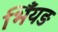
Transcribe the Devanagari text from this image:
भिँयङ